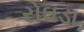
રોઘડા